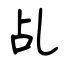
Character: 乩